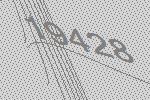
19428